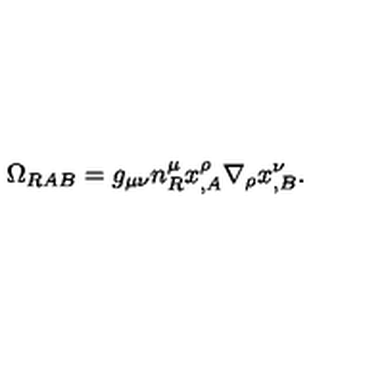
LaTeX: \Omega _ { R A B } = g _ { \mu \nu } n _ { R } ^ { \mu } x _ { , A } ^ { \rho } \nabla _ { \rho } x _ { , B } ^ { \nu } .